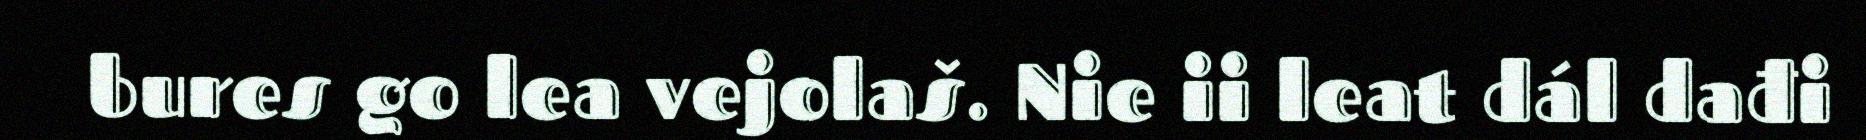
bures go lea vejolaš. Nie ii leat dál dađi